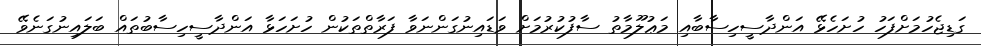
ގަޑިޖެހުމަށްފަހު ހުށަހެޅޭ އަންދާސީހިސާބާއި މަޢުލޫމާތު ސާފުކުރުމަށް ވަޑައިނުގަންނަވާ ފަރާތްތަކުން ހުށަހަޅާ އަންދާސީހިސާބުތައް ބަލައިނުގަނެވޭ